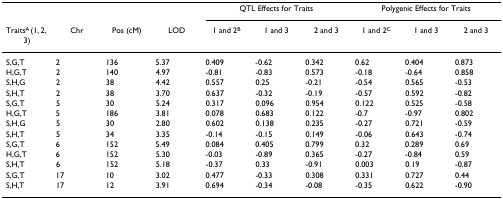
<table><thead><tr><td></td><td></td><td></td><td></td><td colspan="3"><b>QTL Effects for Traits</b></td><td colspan="3"><b>Polygenic Effects for Traits</b></td></tr><tr><td><b>Traits<sup>A </sup>(1, 2, 3)</b></td><td><b>Chr</b></td><td><b>Pos (cM)</b></td><td><b>LOD</b></td><td><b>1 and 2<sup>B</sup></b></td><td><b>1 and 3</b></td><td><b>2 and 3</b></td><td><b>1 and 2<sup>C</sup></b></td><td><b>1 and 3</b></td><td><b>2 and 3</b></td></tr></thead><tbody><tr><td>S,G,T</td><td>2</td><td>136</td><td>5.37</td><td>0.409</td><td>-0.62</td><td>0.342</td><td>0.62</td><td>0.404</td><td>0.873</td></tr><tr><td>H,G,T</td><td>2</td><td>140</td><td>4.97</td><td>-0.81</td><td>-0.83</td><td>0.573</td><td>-0.18</td><td>-0.64</td><td>0.858</td></tr><tr><td>S,H,G</td><td>2</td><td>38</td><td>4.42</td><td>0.557</td><td>0.25</td><td>-0.21</td><td>-0.54</td><td>0.565</td><td>-0.53</td></tr><tr><td>S,H,T</td><td>2</td><td>38</td><td>3.70</td><td>0.637</td><td>-0.32</td><td>-0.19</td><td>-0.57</td><td>0.592</td><td>-0.82</td></tr><tr><td>S,G,T</td><td>5</td><td>30</td><td>5.24</td><td>0.317</td><td>0.096</td><td>0.954</td><td>0.122</td><td>0.525</td><td>-0.58</td></tr><tr><td>H,G,T</td><td>5</td><td>186</td><td>3.81</td><td>0.078</td><td>0.683</td><td>0.122</td><td>-0.7</td><td>-0.97</td><td>0.802</td></tr><tr><td>S,H,G</td><td>5</td><td>30</td><td>2.80</td><td>0.602</td><td>0.138</td><td>0.235</td><td>-0.27</td><td>0.721</td><td>-0.59</td></tr><tr><td>S,H,T</td><td>5</td><td>34</td><td>3.35</td><td>-0.14</td><td>-0.15</td><td>0.149</td><td>-0.06</td><td>0.643</td><td>-0.74</td></tr><tr><td>S,G,T</td><td>6</td><td>152</td><td>5.49</td><td>0.084</td><td>0.405</td><td>0.799</td><td>0.32</td><td>0.289</td><td>0.69</td></tr><tr><td>H,G,T</td><td>6</td><td>152</td><td>5.30</td><td>-0.03</td><td>-0.89</td><td>0.365</td><td>-0.27</td><td>-0.84</td><td>0.59</td></tr><tr><td>S,H,T</td><td>6</td><td>152</td><td>5.18</td><td>-0.37</td><td>0.33</td><td>-0.91</td><td>0.003</td><td>0.19</td><td>-0.87</td></tr><tr><td>S,G,T</td><td>17</td><td>10</td><td>3.02</td><td>0.477</td><td>-0.33</td><td>0.308</td><td>0.331</td><td>0.727</td><td>0.44</td></tr><tr><td>S,H,T</td><td>17</td><td>12</td><td>3.91</td><td>0.694</td><td>-0.34</td><td>-0.08</td><td>-0.35</td><td>0.622</td><td>-0.90</td></tr></tbody></table>